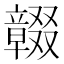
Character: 𠮒